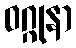
ဝဂ္ဂုနာ